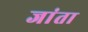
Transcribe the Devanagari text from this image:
जांता